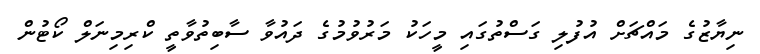
ނިޔާޒުގެ މައްޗަށް އުފުލި ގަސްތުގައި މީހަކު މަރުވުމުގެ ދައުވާ ސާބިތުވާތީ ކްރިމިނަލް ކޯޓުން